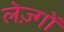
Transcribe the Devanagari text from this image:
लेज़्गों